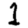
Digit: 1